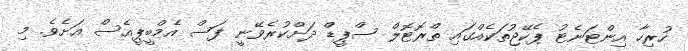
ހުރިހާ އިންޓަނެޓު ޕެކޭޖުތަކެއްގައި ތްރޮޓޮލް ސްޕީޑް ދަށްކުރެވޭނީ ފަސް އެމްބީޕީއެސް އަަށެވެ. މި